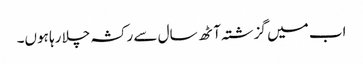
اب میں گزشتہ آٹھ سال سے رکشہ چلا رہا ہوں۔